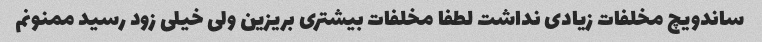
ساندویچ مخلفات زیادی نداشت لطفا مخلفات بیشتری بریزین ولی خیلی زود رسید ممنونم